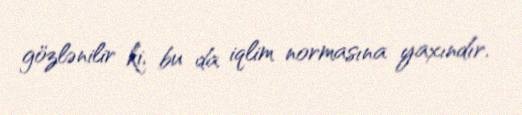
gözlənilir ki, bu da iqlim normasına yaxındır.